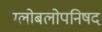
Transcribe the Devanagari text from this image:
ग्लोबलोपनिषद